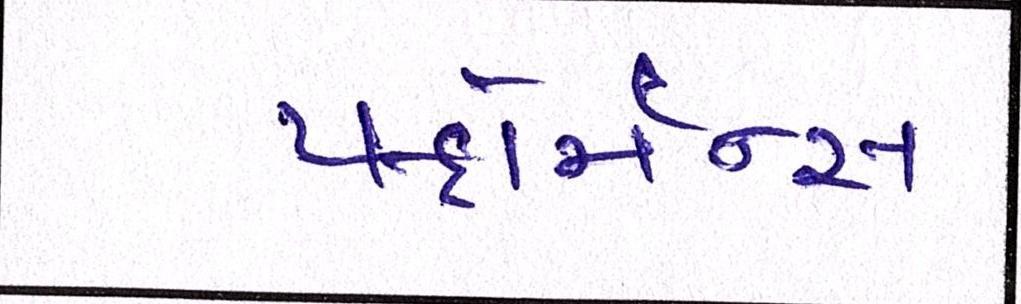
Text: પર્ફોર્મન્સ